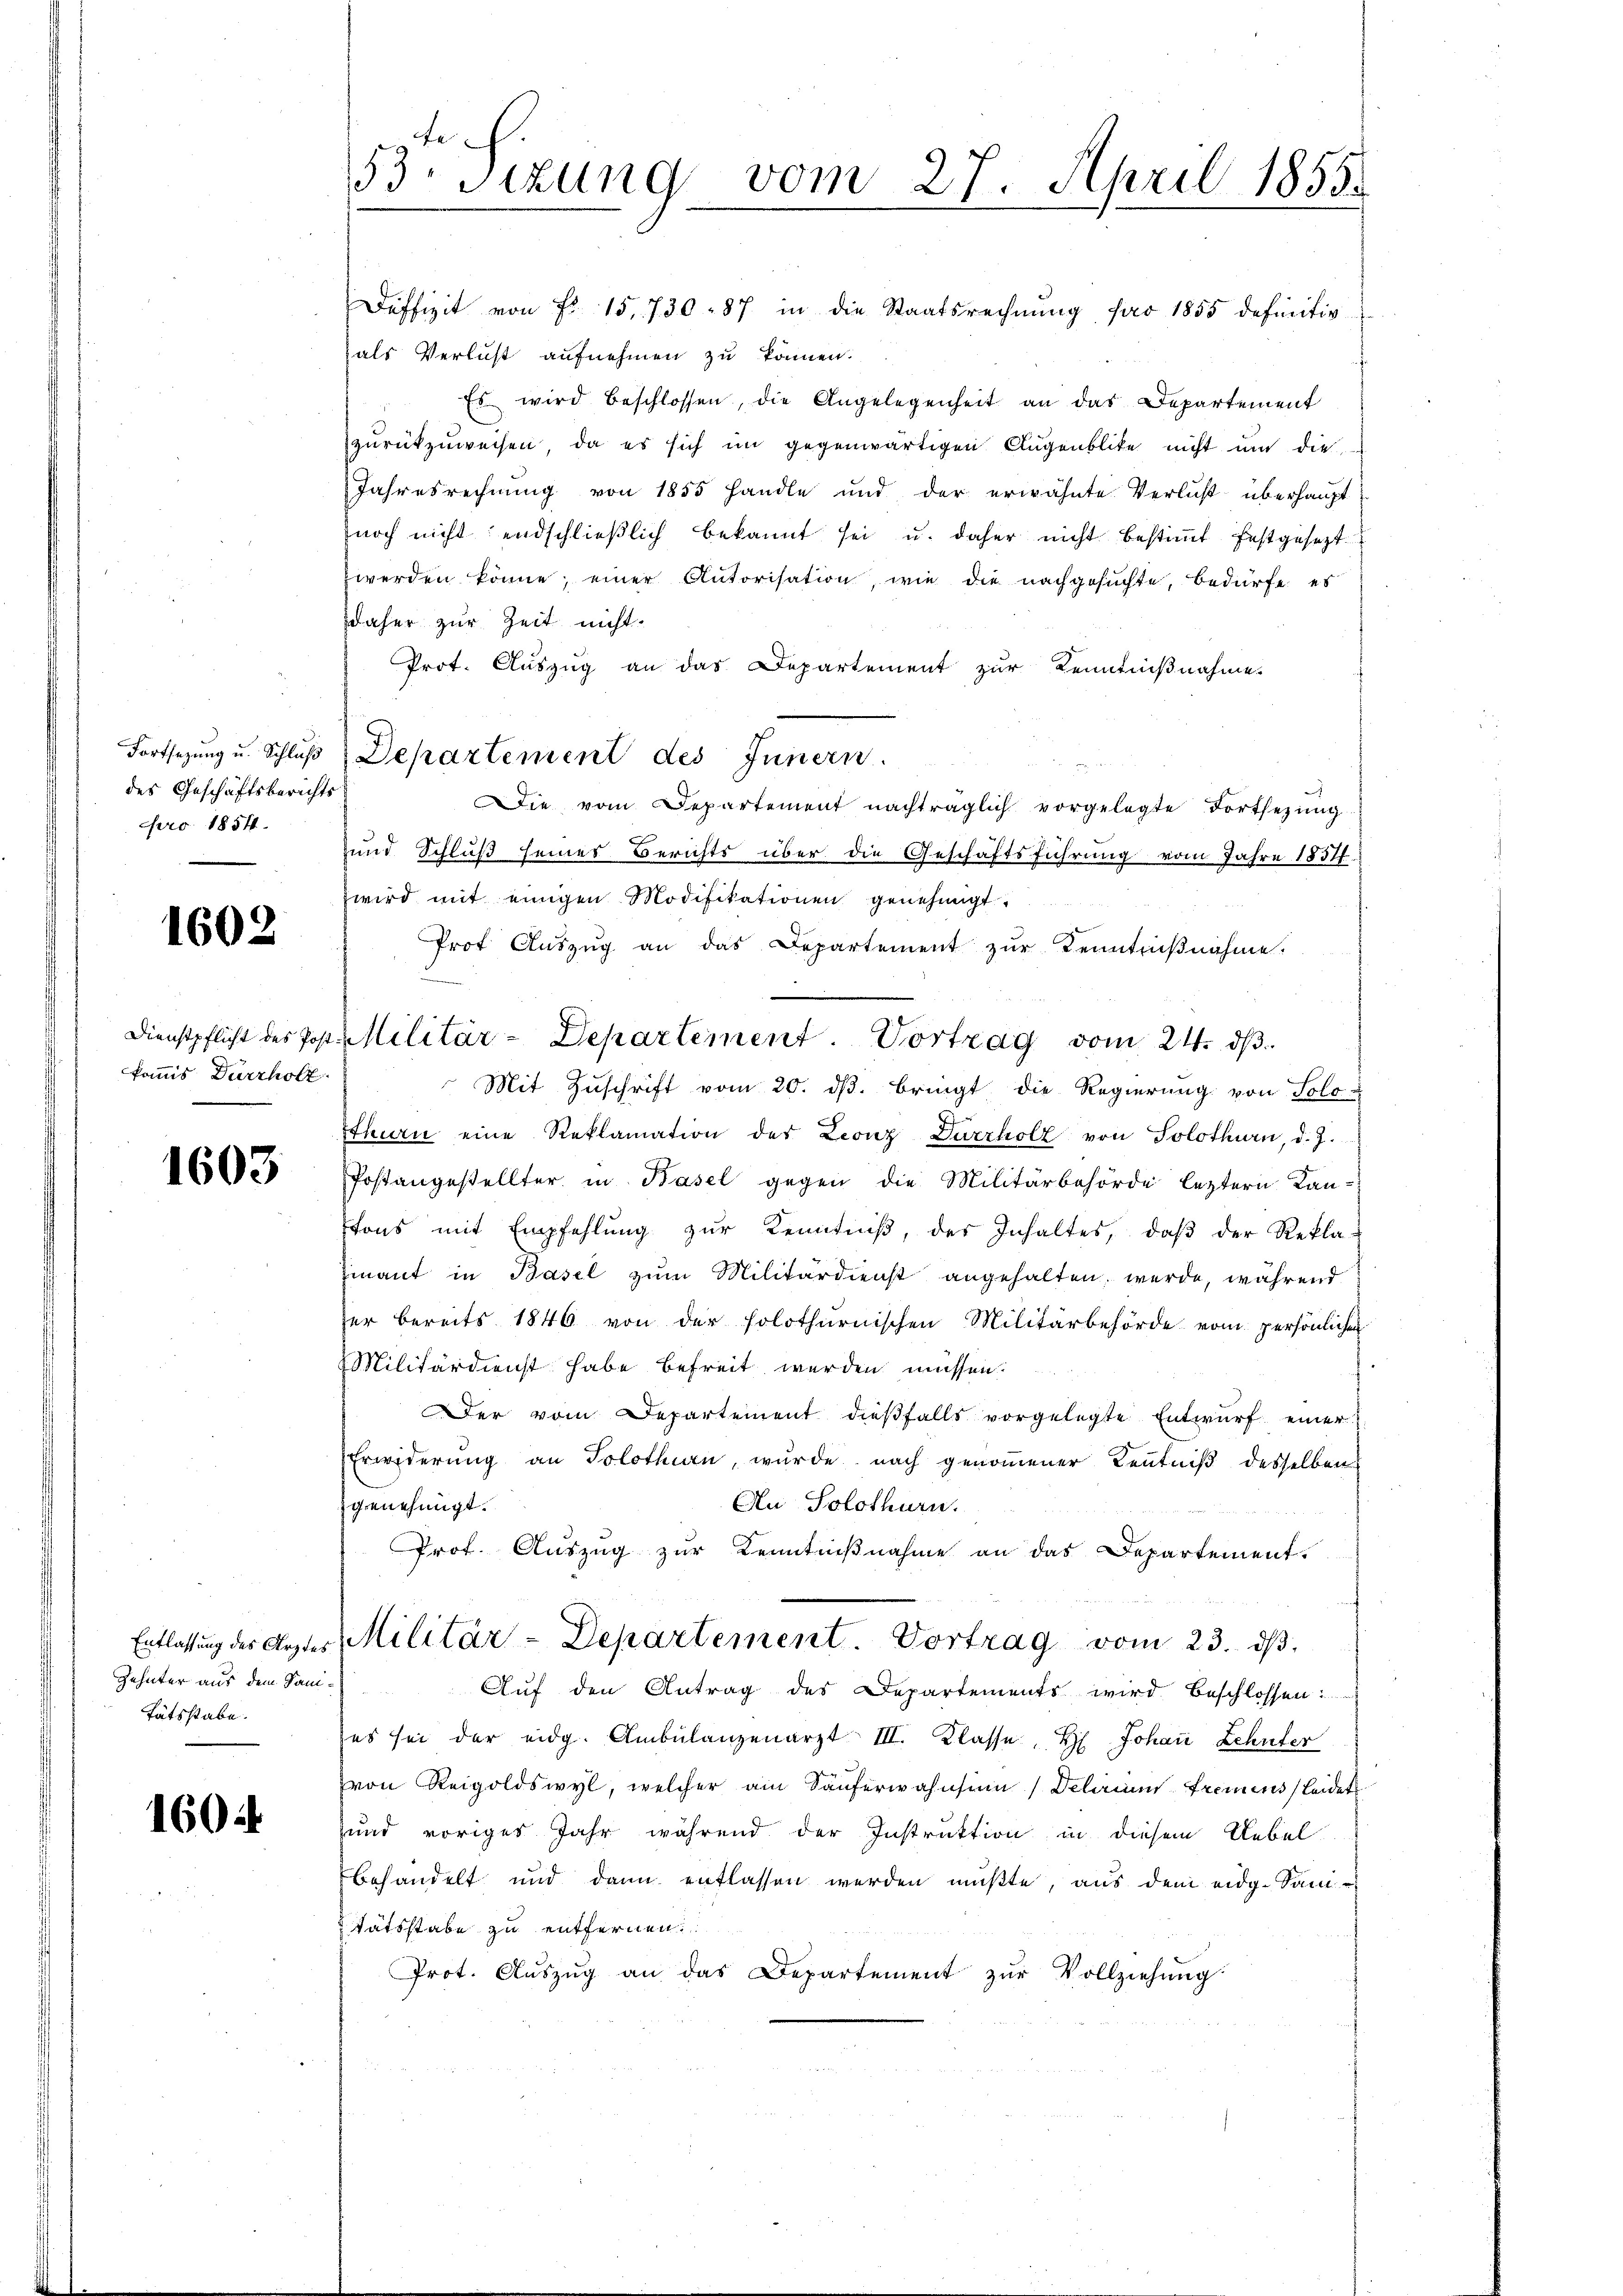
des Geschäftsberichts
pro 1854.

1602

kommis Durrhölz

1603

Zehnter aus dem Sam
tätsstabe.

1604

Deffizit von Fr. 15, 730 - 87 in die Staatsrechnŭng pro 1855 definitiv
als Verlust aufnehmen zu können.
" Es wird beschlossen, die Angelegenheit an das Departement
zurückzuweisen, da es sich im gegenwärtigen Augenblicke nicht um die
Jahresrechnung von 1855 handle und der erwähnte Verlust überhauptnoch nicht endschließlich bekannt sei u. daher nicht bestimmt festgesezt
werden könne, einer Autorisation, wie die nachgesuchte, bedürfe es
daher zur Zeit nicht.
Prot. Auszug an das Departement zur Kenntnißnahme.
ie vom Departement nachträglich vorgelegte Fortsezung
und Schluß seines Berichts über die Geschäftsführung vom Jahre 1857.
wird mit einigen Modifikationen genehmigt.
Prof. Auszug an das Departement zur Kenntnißnahme.
Dienstpflicht des Post. Militär-Departement. Vortrag vom 21. ds.
Mit Zuschrift vom 20. ds. bringt die Regierung von Solo-
thurn eine Reklamation der Leonz Durrholz von Solothurn, d. J.
Postangestellter in Basel gegen die Militärbehörde letztern Lan-
tons mit Empfehlŭng zŭr Kenntniβ, der Inhaltes, daβ der Rekla-
mnant in Basel zum Militärdienst angehalten, werde, während
her bereits 1846 von der solothurnischen Militärbehörde vom persönlichen
Militärdienst habe befreit werden müssen.
Der vom Departement dieβfalls vorgelegte Entwurf einer
Erwiderŭng an Solothurn, wurde nach genoṁener Keṅtniβ desselben
An Solothurn.
genehmigt.
Prof. Auszug zur Kenntnißnahme an das Departement.
Entlassung der Arztes Militär-Departement. Vortrag vom 23. dβ.
Auf den Antrag des Departements wird beschlossen
es sei der eidg. Ambulanzenarzt III. Klasse, H. Johan Zehnter
von Reigoldswyl, welcher am Säuferwahnsinn (Delirium fremens leidet
und voriges Jahr während der Instruktion in diesem Uebel
behandelt und dann entlassen werden mußte, aus dem eidg. Sam
tätsstabe zu entfernen.
Prot. Aŭszŭg an das Departement zŭr Vollziehŭng

53 sizung vom 27. April 1855.

Fortsetzung u. Schlŭβ Departement des Innern.

d